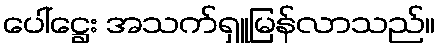
ပေါ်ဋ္ဌေး အသက်ရှူမြန်လာသည်။